Leningradi_Edasi_toimetus, lk 58
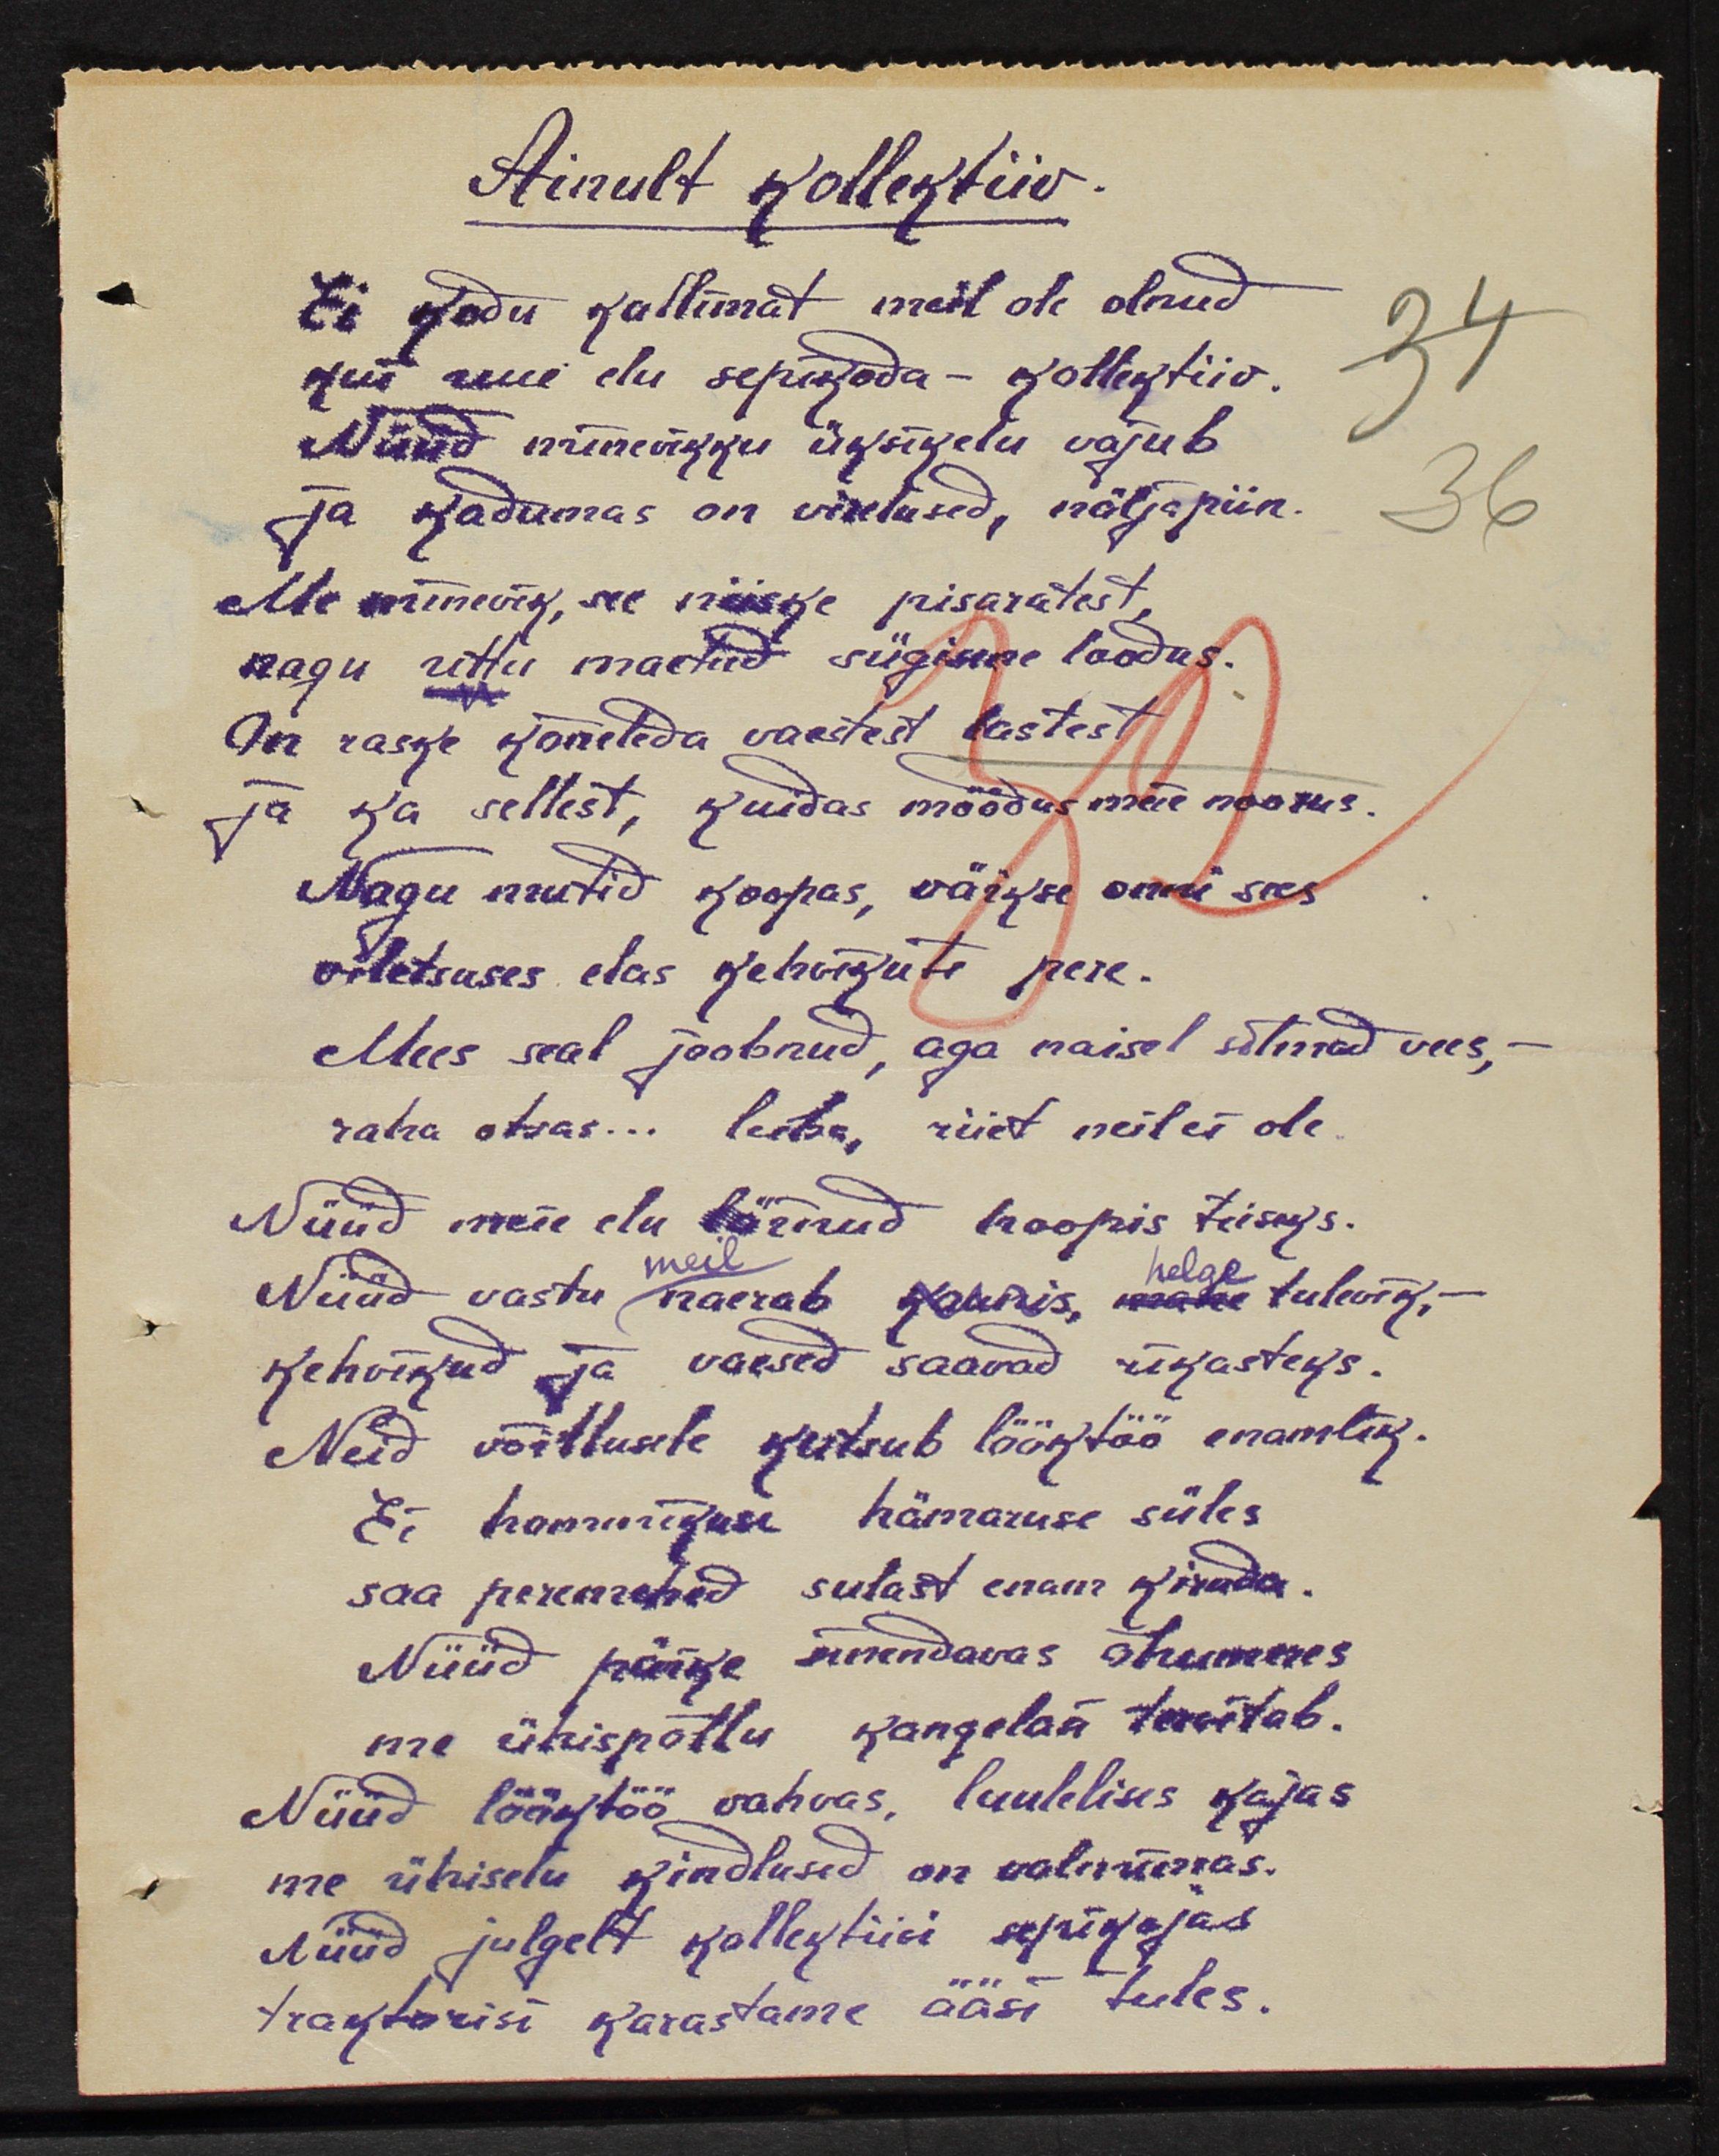
Ainult kollektiiv.
Ei kodu kallimat meil ole olnud
kui uue elu sepikoda - kollektiiv.
Nüüd minevikku üksikelu vajub
ja kadumas on virelused, näljapiin.
Me minevik, see niiske pisaratest,
nagu uttu maetud sügisene loodus.
On raske kõneleda vaestest lastest
ja ka sellest, kuidas möödus meie noorus.
Nagu mutid koopas, väikse onni sees
viletsuses elas kehvikute pere.
Mees seal joobunud, aga naisel silmad vees,
raha otsas... leiba, riiet neil ei ole.
Nüüd meie elu läinud hoopis teiseks
Nüüd vastu naerab kaunis, walge tulevik,-
kehvikud ja vaesed saavad rikasteks.
Neid võitlusele kutsub lööktöö enamlik.
Ei hommikuse hämaruse süles.
saa peremehed sulast enam kiruda.
Nüüd päike sirendavas õhumeres
meie ühispõllu kangelasi tervitab.
Nüüd lööktöö vahvas, luulelises kajas
meie ühiselu kindlused on valmimas.
Nüüd julgelt kollektiivi sepikojas
traktorisi karastame ääsi tules.